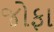
જોફા